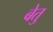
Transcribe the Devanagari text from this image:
बेतु